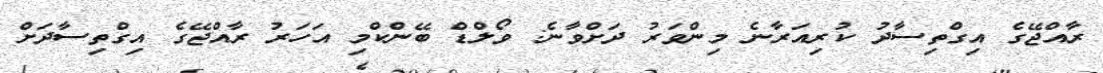
ރާއްޖޭގެ އިގްތިސާދު ކުރިއަރާނެ މިންވަރު ދަށްވާނެ: ވޯލްޑް ބޭންކްމި އަހަރު ރާއްޖޭގެ އިގްތިސާދަށް